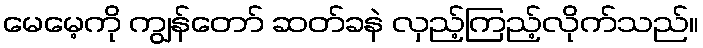
မေမေ့ကို ကျွန်တော် ဆတ်ခနဲ လှည့်ကြည့်လိုက်သည်။